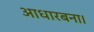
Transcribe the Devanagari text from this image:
आधारबना।